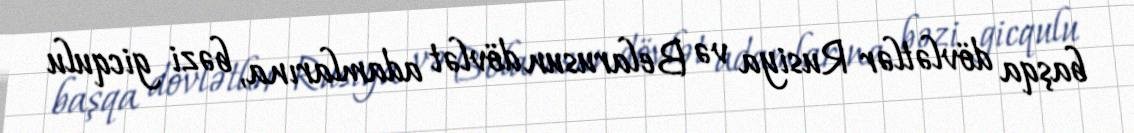
başqa dövlətlər Rusiya və Belarusun dövlət adamlarına, bəzi gicqulu